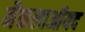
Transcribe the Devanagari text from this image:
मैकलाऑयद